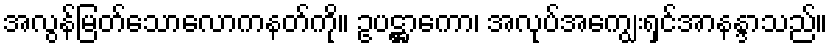
အလွန်မြတ်သောလောကနတ်ကို။ ဥပဋ္ဌာကော၊ အလုပ်အကျွေးရှင်အာနန္ဒာသည်။